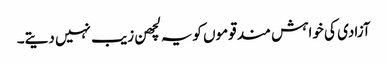
آزادی کی خواہش مند قوموں کویہ لچھن زیب نہیں دیتے۔